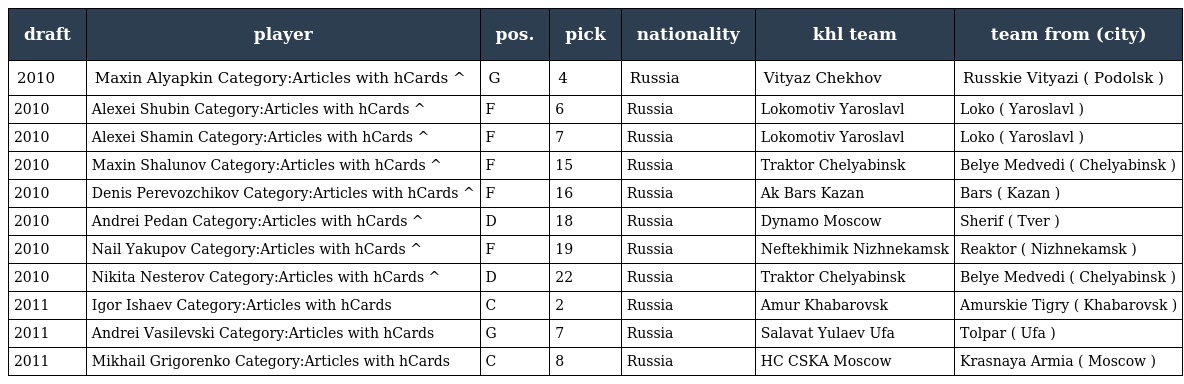
| draft | player | pos. | pick | nationality | khl team | team from (city) |
 | --- | --- | --- | --- | --- | --- | --- |
 | 2010 | Maxin Alyapkin Category:Articles with hCards ^ | G | 4 | Russia | Vityaz Chekhov | Russkie Vityazi ( Podolsk ) |
 | 2010 | Alexei Shubin Category:Articles with hCards ^ | F | 6 | Russia | Lokomotiv Yaroslavl | Loko ( Yaroslavl ) |
 | 2010 | Alexei Shamin Category:Articles with hCards ^ | F | 7 | Russia | Lokomotiv Yaroslavl | Loko ( Yaroslavl ) |
 | 2010 | Maxin Shalunov Category:Articles with hCards ^ | F | 15 | Russia | Traktor Chelyabinsk | Belye Medvedi ( Chelyabinsk ) |
 | 2010 | Denis Perevozchikov Category:Articles with hCards ^ | F | 16 | Russia | Ak Bars Kazan | Bars ( Kazan ) |
 | 2010 | Andrei Pedan Category:Articles with hCards ^ | D | 18 | Russia | Dynamo Moscow | Sherif ( Tver ) |
 | 2010 | Nail Yakupov Category:Articles with hCards ^ | F | 19 | Russia | Neftekhimik Nizhnekamsk | Reaktor ( Nizhnekamsk ) |
 | 2010 | Nikita Nesterov Category:Articles with hCards ^ | D | 22 | Russia | Traktor Chelyabinsk | Belye Medvedi ( Chelyabinsk ) |
 | 2011 | Igor Ishaev Category:Articles with hCards | C | 2 | Russia | Amur Khabarovsk | Amurskie Tigry ( Khabarovsk ) |
 | 2011 | Andrei Vasilevski Category:Articles with hCards | G | 7 | Russia | Salavat Yulaev Ufa | Tolpar ( Ufa ) |
 | 2011 | Mikhail Grigorenko Category:Articles with hCards | C | 8 | Russia | HC CSKA Moscow | Krasnaya Armia ( Moscow ) |